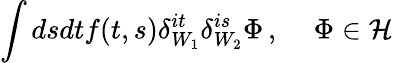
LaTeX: \int dsdtf(t,s)\delta_{W_{1}}^{it}\delta_{W_{2}}^{is}\Phi\, ,\, \, \, \, \, \, \, \Phi\in{\cal H}